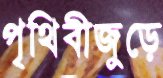
পৃথিবীজুড়ে